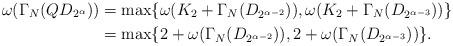
LaTeX: \begin{align*}\omega(\Gamma_N(QD_{2^\alpha}))&=\mbox{max}\{\omega(K_2+\Gamma_N(D_{2^{\alpha-2}})), \omega(K_2+\Gamma_N(D_{2^{\alpha-3}}))\} \\&=\mbox{max}\{2+\omega(\Gamma_N(D_{2^{\alpha-2}})), 2+\omega(\Gamma_N(D_{2^{\alpha-3}}))\}.\end{align*}